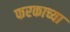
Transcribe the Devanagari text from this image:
फरकाच्या